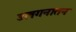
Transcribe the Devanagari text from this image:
उलगनातन